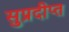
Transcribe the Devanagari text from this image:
सुप्रदीप्त